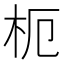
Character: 枙